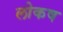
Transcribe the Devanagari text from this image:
लोकष